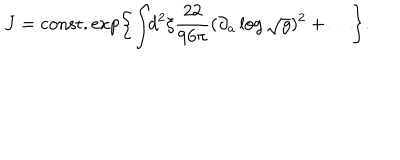
LaTeX: J = \mathrm { c o n s t . } \exp \left\{ \int \! \! d ^ { 2 } \xi \frac { 2 2 } { 9 6 \pi } ( \partial _ { a } \log \sqrt { g } ) ^ { 2 } + \ldots \right\} .